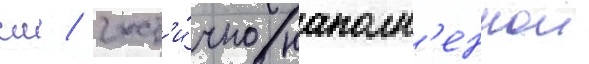
см / част'и́чно наполн'еннои